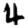
Digit: 4